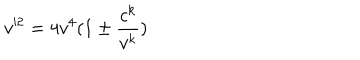
v ^ { 2 } = 4 v ^ { 4 } ( 1 \pm { \frac { c ^ { k } } { v ^ { k } } } )